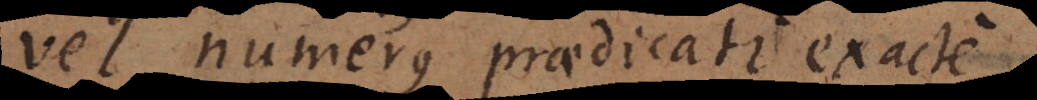
vel numerus praedicati exacte